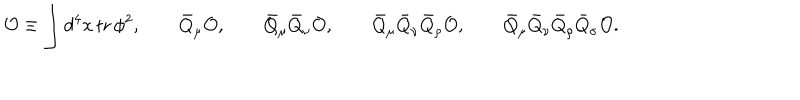
{ \cal O } \equiv \int d ^ { 4 } x \, \mathrm { t r } \, \phi ^ { 2 } , \qquad \bar { Q } _ { \mu } { \cal O } , \qquad \bar { Q } _ { \mu } \bar { Q } _ { \nu } { \cal O } , \qquad \bar { Q } _ { \mu } \bar { Q } _ { \nu } \bar { Q } _ { \rho } { \cal O } , \qquad \bar { Q } _ { \mu } \bar { Q } _ { \nu } \bar { Q } _ { \rho } \bar { Q } _ { \sigma } { \cal O } .